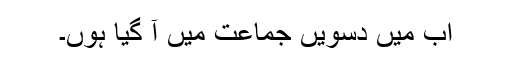
اب میں دسویں جماعت میں آ گیا ہوں۔